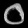
Digit: ၀